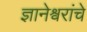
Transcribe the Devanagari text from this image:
ज्ञानेश्र्वरांचे